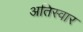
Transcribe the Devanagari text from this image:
अतिस्वार